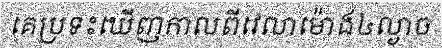
គេប្រទះឃើញកាលពីវេលាម៉ោង៤ល្ងាច